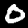
Digit: 0